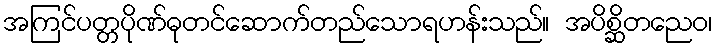
အကြင်ပတ္တပိုဏ်ဓုတင်ဆောက်တည်သောရဟန်းသည်။ အပိစ္ဆိတညေဝ၊